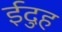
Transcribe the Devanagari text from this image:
ईदुह